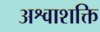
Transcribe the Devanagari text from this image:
अश्वाशक्ति